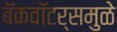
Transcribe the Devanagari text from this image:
बॅकवॉटर्समुळे